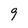
Character: 9